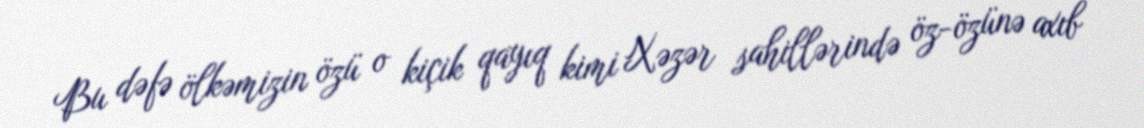
Bu dəfə ölkəmizin özü o kiçik qayıq kimi Xəzər sahillərində öz-özünə axıb